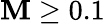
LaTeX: \mathbf{M}\geq0.1